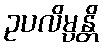
ဥပလိမ္ပန္တိ